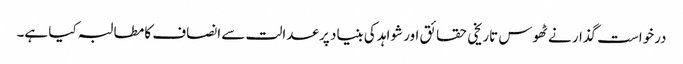
درخواست گذار نے ٹھوس تاریخی حقائق اور شواہد کی بنیاد پر عدالت سے انصاف کا مطالبہ کیا ہے۔